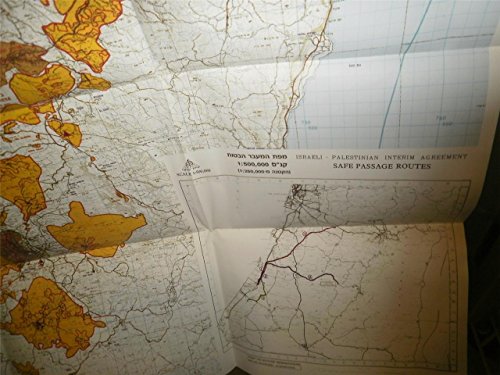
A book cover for Official Map of Israel Palestine & Israeli Settlements Beyond the Green Line Interim Agreement 1995 Peace Oslo Accords; Israel Palestine; Travel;